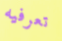
تعرفيه